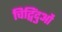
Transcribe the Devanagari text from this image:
चिद्विंदुओं